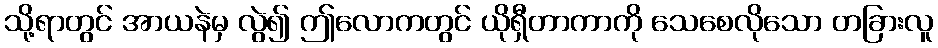
သို့ရာတွင် အာယနဲမှ လွဲ၍ ဤလောကတွင် ယိုရှီတာကာကို သေစေလိုသော တခြားလူ